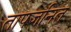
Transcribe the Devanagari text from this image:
तापजनित